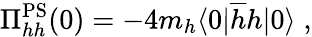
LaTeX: \Pi_{hh}^{\mathrm{PS}}(0)=-4m_{h}\langle 0|\overline{{{h}}}h|0\rangle\; ,